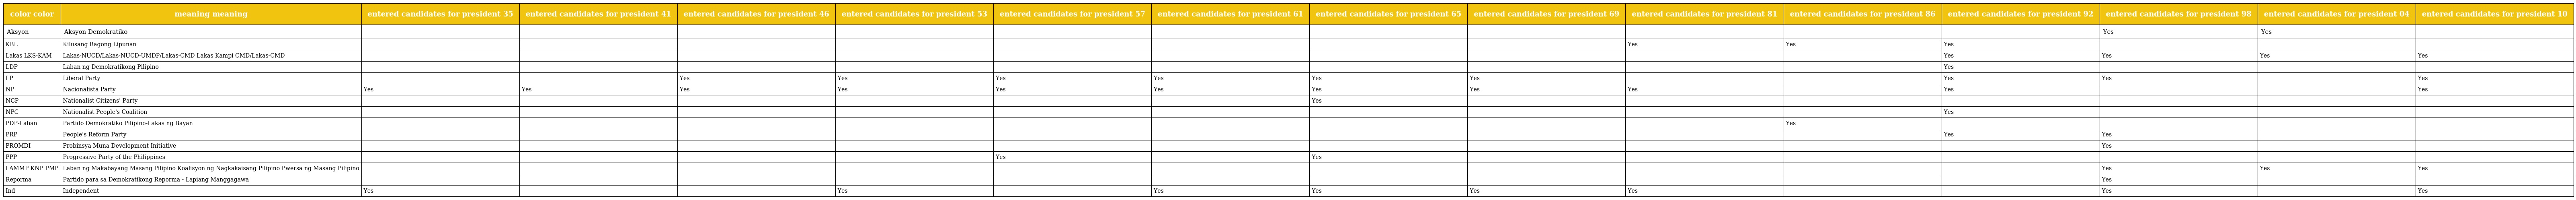
| color color | meaning meaning | entered candidates for president 35 | entered candidates for president 41 | entered candidates for president 46 | entered candidates for president 53 | entered candidates for president 57 | entered candidates for president 61 | entered candidates for president 65 | entered candidates for president 69 | entered candidates for president 81 | entered candidates for president 86 | entered candidates for president 92 | entered candidates for president 98 | entered candidates for president 04 | entered candidates for president 10 |
 | --- | --- | --- | --- | --- | --- | --- | --- | --- | --- | --- | --- | --- | --- | --- | --- |
 | Aksyon | Aksyon Demokratiko |  |  |  |  |  |  |  |  |  |  |  | Yes | Yes |  |
 | KBL | Kilusang Bagong Lipunan |  |  |  |  |  |  |  |  | Yes | Yes | Yes |  |  |  |
 | Lakas LKS-KAM | Lakas-NUCD/Lakas-NUCD-UMDP/Lakas-CMD Lakas Kampi CMD/Lakas-CMD |  |  |  |  |  |  |  |  |  |  | Yes | Yes | Yes | Yes |
 | LDP | Laban ng Demokratikong Pilipino |  |  |  |  |  |  |  |  |  |  | Yes |  |  |  |
 | LP | Liberal Party |  |  | Yes | Yes | Yes | Yes | Yes | Yes |  |  | Yes | Yes |  | Yes |
 | NP | Nacionalista Party | Yes | Yes | Yes | Yes | Yes | Yes | Yes | Yes | Yes |  | Yes |  |  | Yes |
 | NCP | Nationalist Citizens' Party |  |  |  |  |  |  | Yes |  |  |  |  |  |  |  |
 | NPC | Nationalist People's Coalition |  |  |  |  |  |  |  |  |  |  | Yes |  |  |  |
 | PDP-Laban | Partido Demokratiko Pilipino-Lakas ng Bayan |  |  |  |  |  |  |  |  |  | Yes |  |  |  |  |
 | PRP | People's Reform Party |  |  |  |  |  |  |  |  |  |  | Yes | Yes |  |  |
 | PROMDI | Probinsya Muna Development Initiative |  |  |  |  |  |  |  |  |  |  |  | Yes |  |  |
 | PPP | Progressive Party of the Philippines |  |  |  |  | Yes |  | Yes |  |  |  |  |  |  |  |
 | LAMMP KNP PMP | Laban ng Makabayang Masang Pilipino Koalisyon ng Nagkakaisang Pilipino Pwersa ng Masang Pilipino |  |  |  |  |  |  |  |  |  |  |  | Yes | Yes | Yes |
 | Reporma | Partido para sa Demokratikong Reporma - Lapiang Manggagawa |  |  |  |  |  |  |  |  |  |  |  | Yes |  |  |
 | Ind | Independent | Yes |  |  | Yes |  | Yes | Yes | Yes | Yes |  |  | Yes |  | Yes |